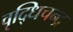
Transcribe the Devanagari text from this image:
वृद्धिचन्द्र